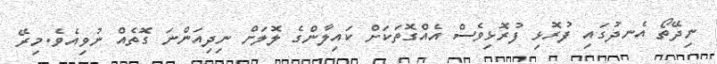
ނިދޭތޯ އެނދުގައި ފުރޮޅި ފުރޮޅިވެސް އެއްގޮތަކަށް ކައިލާންގެ ލޮލަށް ނިދިއަންނަ ގޮތެއް ނުވިއެވެ.މިރޭ